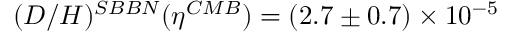
( D / H ) ^ { S B B N } ( \eta ^ { C M B } ) = ( 2 . 7 \pm 0 . 7 ) \times 1 0 ^ { - 5 }